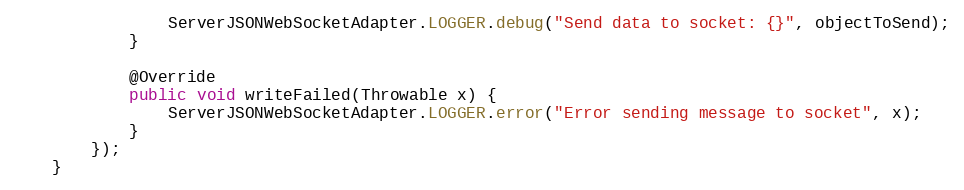
Language: Java
                ServerJSONWebSocketAdapter.LOGGER.debug("Send data to socket: {}", objectToSend);
            }

            @Override
            public void writeFailed(Throwable x) {
                ServerJSONWebSocketAdapter.LOGGER.error("Error sending message to socket", x);
            }
        });
    }